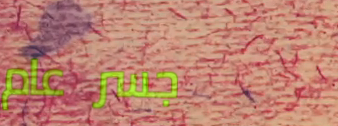
جسر عام